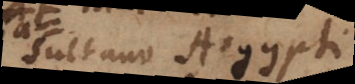
Sultano Aegypti